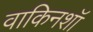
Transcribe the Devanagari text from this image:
वाकिनशॉ